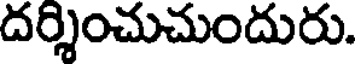
దర్శించుచుందురు.